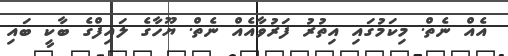
އެއް ނެތް. މިކަމުގައި އިތުރު ފަރުވާއެއް ނެތް. ޔޫހާގެ ލައިފްގެ ބާކީ ބައި